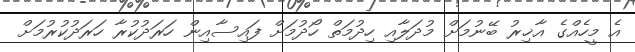
އެ މީހެއްގެ އާޚިރު ބޭނުމަށް މުދަލާއި ހިދުމަތް ހޯދުމަށް ފައިސާއިން ހަރަދުކުރާ ހަރަދުކުރުމަށް